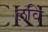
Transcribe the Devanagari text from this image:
लविं